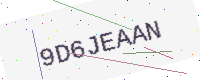
Text: 9D6JEAAN